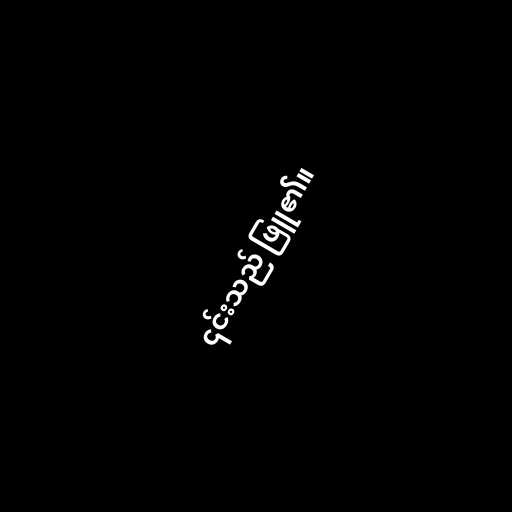
၎င်းသည် ဖြူ၏။